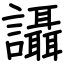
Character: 讘